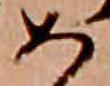
め